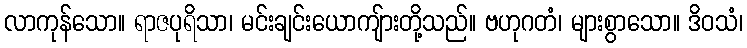
လာကုန်သော။ ရာဇပုရိသာ၊ မင်းချင်းယောကျ်ားတို့သည်။ ဗဟုဂတံ၊ များစွာသော။ ဒိဝသံ၊